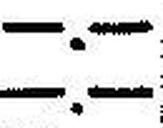
—.—